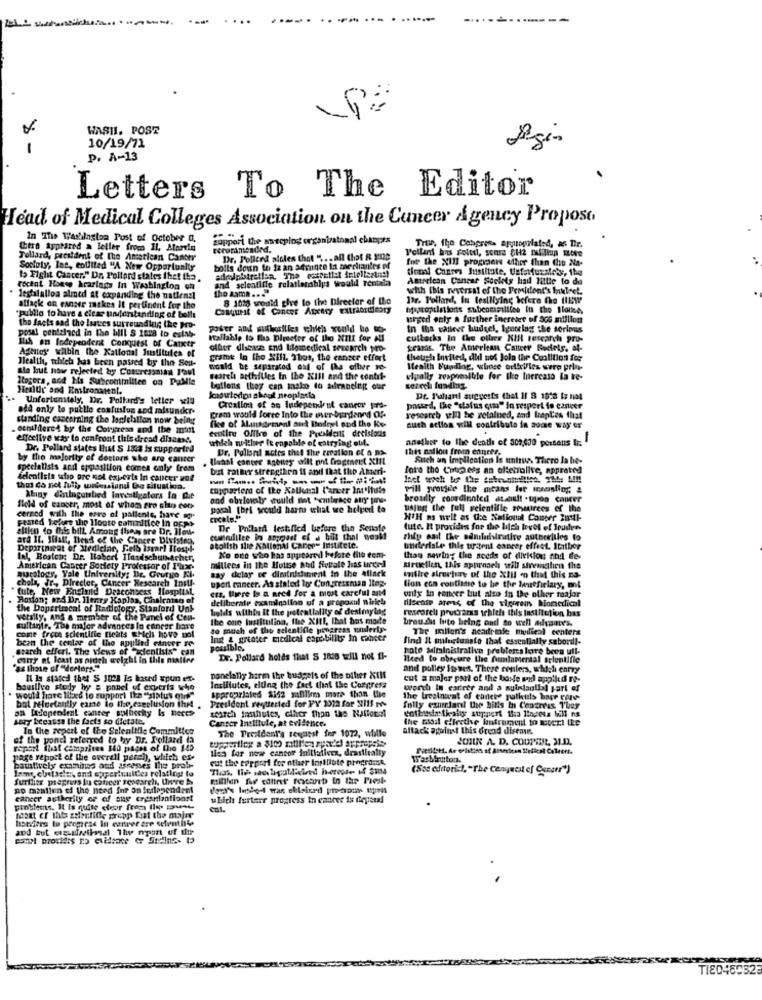
WASHI. POST
-
10/19/71
Agi
p. A-13
Letters To The Editor
Head of Medical Colleges Association on the Cancer Agency Propose
In The Washington Post of October a.
support the sweeping organizational champes
Gero Ayptired a leller from Il, Atardia
Tollard, pecstdent of the American Cancer
Dr. Policed aleles that " .. . all that & H00
for the XIl prograone other than the 24-
Socioty, Int, colitted "A New Opportunity
bolls doun to 12 an afriqte Is meerlianles of
dirmi Cheres Institute, Unfortunalots, The
+ Fight Cancer." Dr. Pollard states thet the
and selentille relatiesships would rentada
American Cancer Society had little to de
recent House hearings In Washington on
with Ibs reversal of the Pemidont's Inuleel.
lestalalloa almed at expanding the national
the asma ... "
would give to the Director of the
Dr. Holland, In tesiliying before the (18W
attack on eanser maskes it pertinent for the
Conquest of Concer Axxasy extraordinary
adaptoptiations subcomeillies In the Sloine,
"publio to have a clear understanding of bolle
urged only a further incresee of 506 million
the facts and the Istes surrounding the pro-
posal contained in the bill S 1028 ID estab-
yober and whatlies which would ho wo-
In tha calleer budsel, Ignoring the serious
Hallable to the Director of tho XIII for All
cultacks In the ollaes KIK research pro-
ilih an Independent Conquest of Caixtr
Aghios' wilbin the National Institutes of
offer dhesse and Milomedical sesearch pro-
searas. The American Catteer Rockets. al-
Health, which has been passed by the Sea-
grame In the Xill. 31os, the canece effort
though Invited, dhl nos Jola the Coalition for
Ala but now rejected by Congressman l'aul
would be separated est of the eller re-
Health Funding, whose belki/les were prin-
Itogera, and his Subcontinilten on DuMie
search acthilles In the XIll and the contrf-
elpally responsible for the luercaso la tre-
Henlur and Emtronaient.
butlens they can masko to adraneing our
sezech funding.
Unfortunately, Dr. Pollard's teller will
knoutodpu shoul neoplasia
Dr. Pahani suggests that 11 8 1810 tz nat
add only to putlle confusiun and misunder-
Creallot of as Independent cancer fre-
passed, the "dafus qua"' In respert io cancer
standing cascarning the logielation now being
gram would force Into the over-burdened Of.
research will be retained, and lapl'es that
. echililereA by the Congress and the mill
fe of Management ait Buirel and tho Ko-
centire Office of the President decisions
such action will contribute in aone way or
effective way to confront this dread disease.
which neither It capable of estrying out.
another to the death of 309,470 persons It:
Dr. Pollard states that S Ja is supported
Dr. Polisril actos that the teration et a no-
this nation from ennees-
by the majority of doctors who are cancer
Ulanal contre agbutey wilt not fragment XIEL
Sich un Implication Is untrus Thero la he-
specialists and eppasition comes only from
Dit ratner strengthen it and that the Ameri-
fare the Catchers an alletralive, apprated
selentists who gre mol experts In cancer unt
thus do net luli, wieessiand De situation.
cayoarter of the Kallasal Cancer Int'ltute
pill provide the means ler menting, &
Atany diningumlied investigators In chut
and obriously' would not -embrace atry tone-
brouilly coordinated at.luft -tipson cancer
field of cancer, most of whom sro alo con-
posal [bri scald harms what we helped to
uajust the full Feientille zesmirees of the
Feared teles the lloute commitice In opps
cerned with the cave of pallenie, hare og
cecale."
NTH as well as the National Cancer Buett-
altlen do Dis bill. Among them are Dr. Ilew.
Dr Philaril testified before the Senate
tute. It provides for the bles lovet el Iruden
ara IL. JUatt, Head of the Cangre Division,
comelilee in anymost of a bit thal wesM
rhiy aat the admileitrative authorities to
Depiringat of Medicine, Felb Isearl Hospl-
stollsh she AMIonal Caner- In
underiske this uritent cancer effect. Itather
Inl, Boston: Dr. Habort Hardschumacher,
Ko one who has appeared before file com-
thay sewing the seeds of division shi de
American Cancer Society Professor of L'axe-
millees in the House and fetate has urged
say delay of diminishiment in the Allack
siruellen, this approach will strengthen the
chola, Jr ., Director, Cancer Research Inill-
macology, Yale University: Dr. Grutuo Kl.
uport cancer. As stated lo Congressman Itop.
entire structure of the Xtil -o that this na-
tute, New Eneluid Deaconscss Hosplist
ets. there Is a Bred for a most careful and
tion enn continue to be the Inefielary, ont
Ration; så Dr. Henry Kaplaa, Chairman of
deliberale examination of a proposul niviel
only in concer but also in the other major
Illsense ates, of the vigreen biomedical
the Doperiment of Radiology, Stanford Unk
helds withbas it the potentiality of desimylag
rescoreli prucraras which this Institution has
verally, ans a member of the Panel of Cou-
the one hustitution, the XIt !, That has made
brau.das into being and so well adyante's.
sultante. The major advances in cancer have
so much of the selentifle progress underty-
The illon's acadrele medical centers
bean the center of the applied cancer re-
come from scientific Bleats BHcli hove mot
Ing & greater medical capability In cancer
find It mifugtunalo that essentially sabordl-
search efferl. The views of dentisis" can
pousible.
pote Maltalnistratie preblons loire been ull-
dairy at least as nidch weight in this matter
Dr. Pollard holds that S 1838 will not fl-
need to obrcure the fundamental splentifle
"as those of "doctors."
and pulley is mes. These conlers, which entry
Il Is stated that S 3028 Is based spun ex-
panelally herm ihr budgets of the other Xtlf
cut a major part of the bosle and applied re-
bauslive stuly hy a panel of experts who
appropriated $142 mBilim more than the
Institutes, elung the fact that the Congress
worth In carrer and a suislantil part af
would have lived to support Ika "status eine"
bal reluctantly came to the eseclusion the .
President requested for PV 1012 for XI15 p
The treeinwat of canete patkills hage cere-
an Areapendent canter policchy Is neces
search fauthules, other than the National
folly ezurriacel the hills In Congress They
enthusiasticaly suppert tha ladess bill ns
Away because the facts so dictate.
Cancer Institute, at evidence.
the mail offrethe instrument to mert the
In the report of the Scientific Committee
The Treadent's request for 1072, wille
attack against this dread diseme.
of the pondl referred to hy Dr. Rollard (a
JOIN A. D. COUPONIL, ALD.
report that campsites 160 pages of the 145
Hos for now cancor initiativen, drasileatty
page report of the overall perch), which es-
Washinton.
baustively examines and asresses the proli-
(Sat editori-1. "The Conquest of Cancer")
Lamy, chetasle, and opportunities relating to
furtlite psagruss lu cafeer sesearch, Uwere >>
no mantien of the need for an ferlegenden
cancer authority of of sup creanimationst
which furterr progress in cancer is diegeen!
problems. It is quite choir from le sue
cal.
hseders to progress In cancer are cefentite
TIED46352